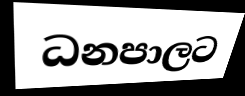
ධනපාලට